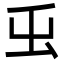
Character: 𭕿